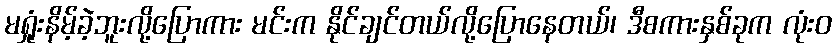
မရှုံးနိမ့်ခဲ့ဘူးလို့ပြောကား မင်းက နိုင်ချင်တယ်လို့ပြောနေတယ်၊ ဒီစကားနှစ်ခုက လုံးဝ